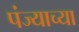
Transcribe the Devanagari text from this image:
पंज्याच्या